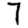
Digit: 7